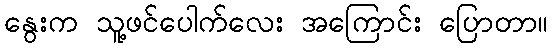
နွေးက သူ့ဖင်ပေါက်လေး အကြောင်း ပြောတာ။